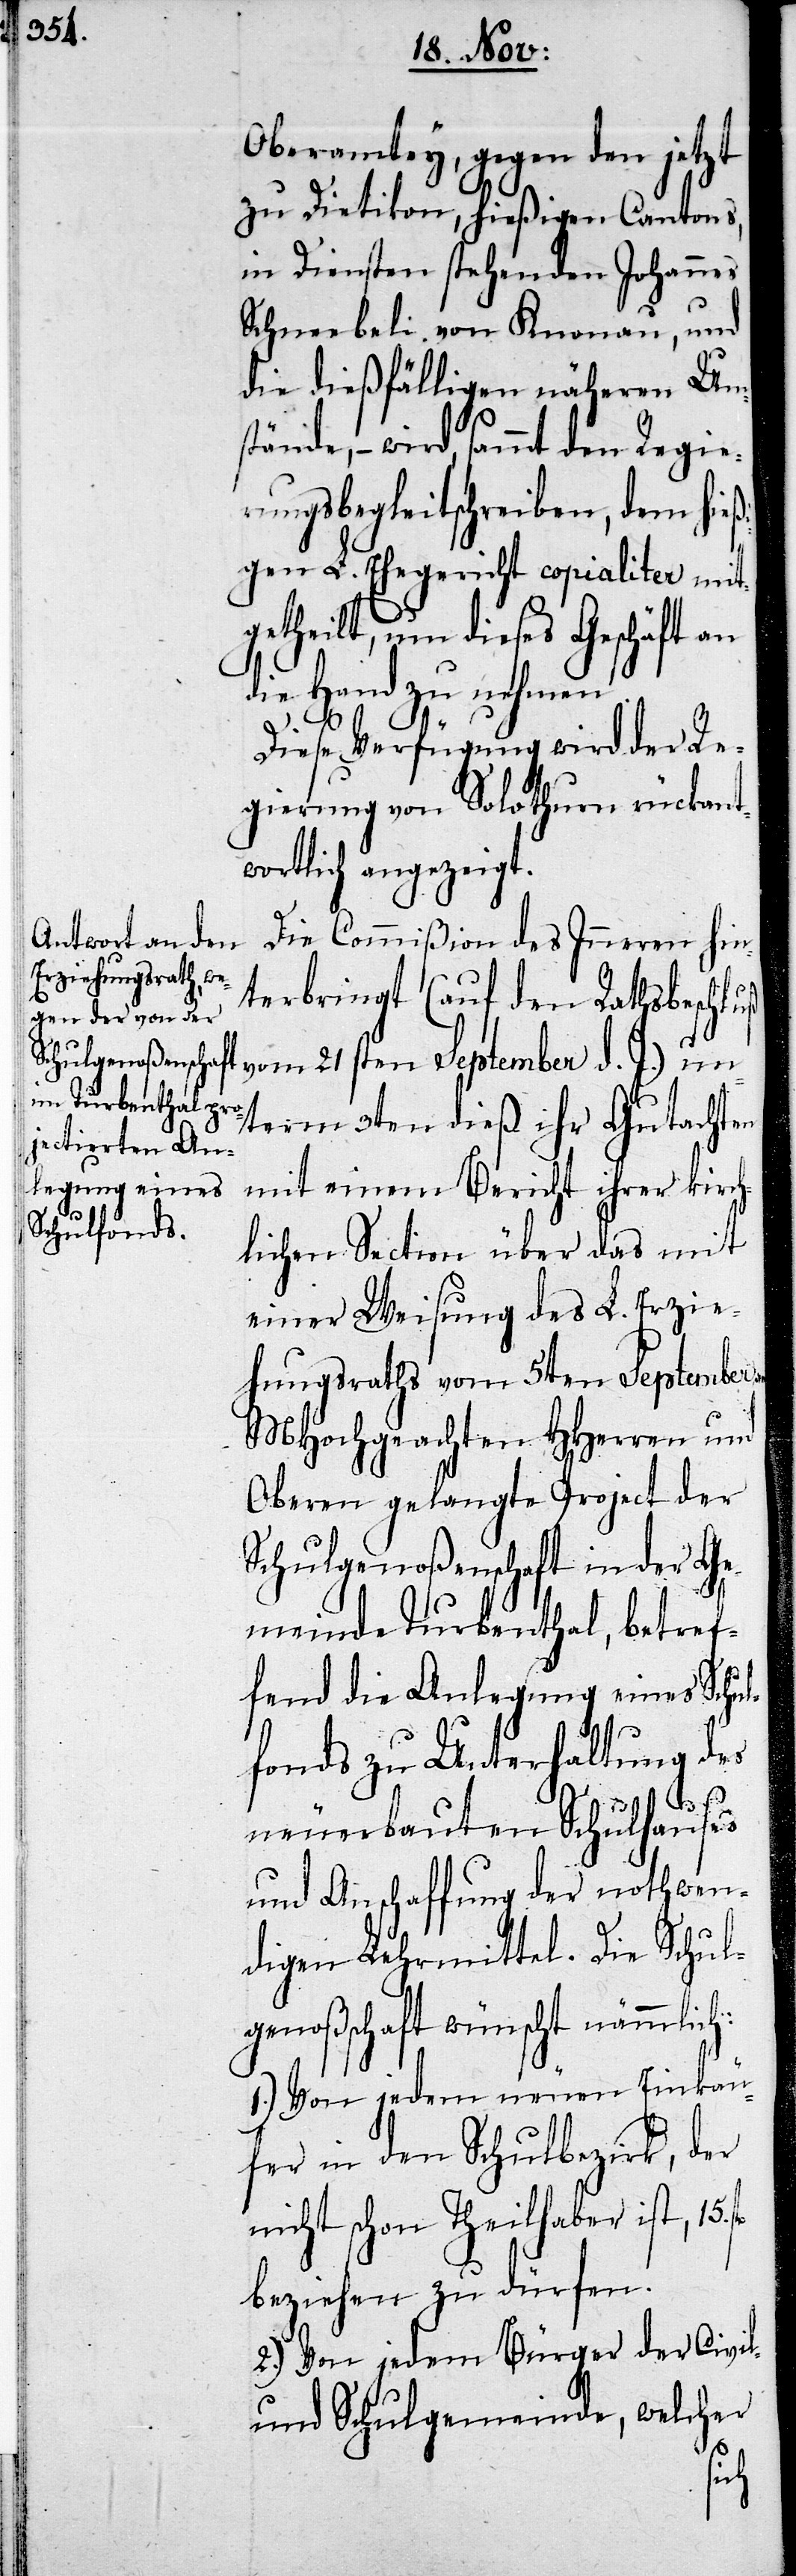
Oberamtey, gegen den jetzt
zu Dietikon, hießigen Cantons,
in Diensten stehenden Johannes
Schneebeli, von Knonau, und
die dießfälligen näheren Um¬
stände, – wird, sammt den Regie¬
rungsbegleitschreiben, dem hie¬
gen L. Ehegericht copialiter mit¬
getheilt, um dieses Geschäft an
die Hand zu nehmen.
Diese Verfügung wird der Re¬
gierung von Solothurn rückant¬
wortlich angezeigt.
Die Commißion des Inneren hin¬
terbringt (auf den Rathsbeschluß
vom 21sten September d. J.) un¬
term 3ten dieß ihr Gutachten
mit einem Bericht ihrer kirch¬
lichen Section über das mit
einer Weisung des L. Erzie¬
hungsraths vom 5ten September
MHochgeachten HHerren und
Oberen gelangte Project der
Schulgenoßenschaft in der Ge¬
meinde Turbenthal, betref¬
fend die Anlegung eines Schul¬
fonds zu Unterhaltung des
neuerbauten Schulhauses
und Anschaffung der nothwen¬
digen Lehrmittel. Die Schul¬
genoßschaft wünscht nämmlich:
1.) Von jedem neuen Einkäu¬
fer in den Schulbezirk, der
nicht schon Theilhaber ist, 15.
beziehen zu dürfen.
2.) Von jedem Bürger der Civil-
und Schulgemeinde, welcher
ßi¬